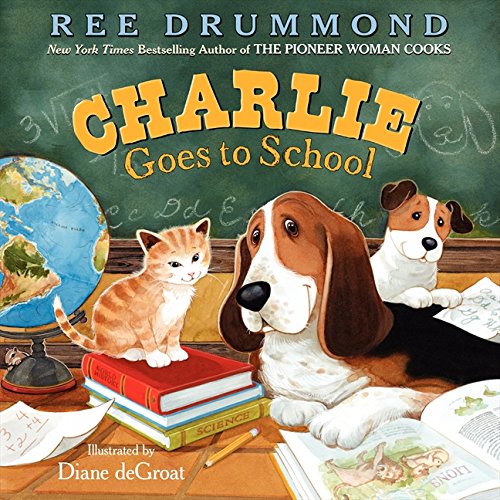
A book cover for Charlie Goes to School (Charlie the Ranch Dog); Ree Drummond; Children's Books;